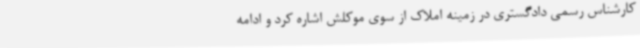
کارشناس رسمی دادگستری در زمینه املاک از سوی موکلش اشاره کرد و ادامه